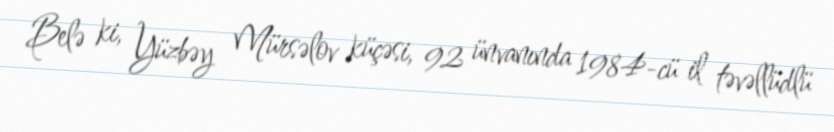
Belə ki, Yüzbəy Mürsəlov küçəsi, 92 ünvanında 1984-cü il təvəllüdlü